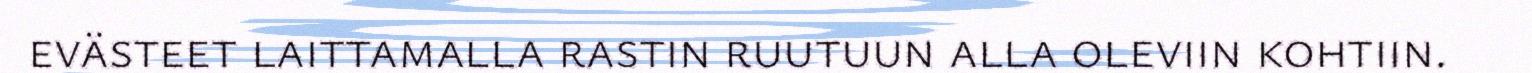
evästeet laittamalla rastin ruutuun alla oleviin kohtiin.